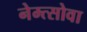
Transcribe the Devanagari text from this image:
नेम्त्सोवा